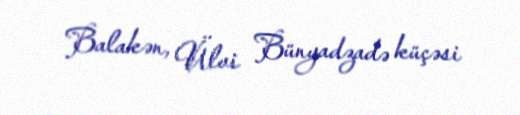
Balakən, Ülvi Bünyadzadə küçəsi